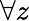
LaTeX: \forall z